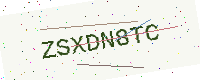
Text: ZSXDN8TC